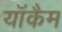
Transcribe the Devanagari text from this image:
याॅकैम